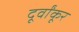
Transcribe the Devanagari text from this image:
दूर्वांकूर